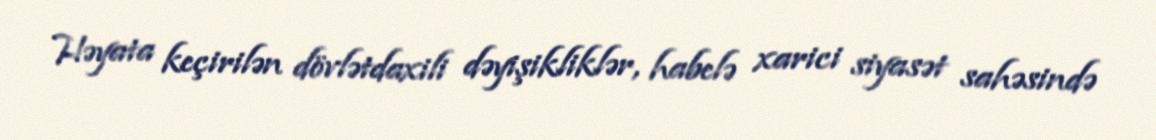
Həyata keçirilən dövlətdaxili dəyişikliklər, habelə xarici siyasət sahəsində